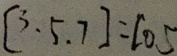
[ 3 , 5 , 7 ] = 1 0 5